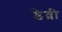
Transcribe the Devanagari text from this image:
डेव्री